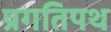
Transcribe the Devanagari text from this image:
प्रगतिपथ